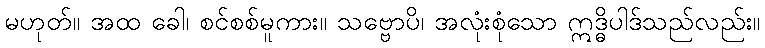
မဟုတ်။ အထ ခေါ၊ စင်စစ်မူကား။ သဗ္ဗောပိ၊ အလုံးစုံသော ဣဒ္ဓိပါဒ်သည်လည်း။